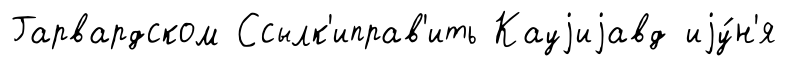
Гарвардском Ссылк'иправ'ить Кауjиjавд иjу́н'я